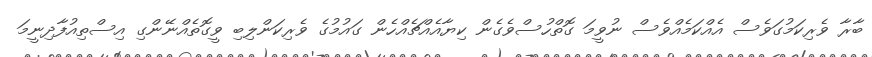
ބާރާ ވެރިކަމުގަވެސް އެއްކަމެއްވެސް ނުވީމަ ގޮތްހުސްވެގެން ކިޔާއެއްޗެއްހެން ގައުމުގެ ވެރިކަންލިބި ވީގޮތެއްނޭންގި އިސްތިއުފާދިނީމަ